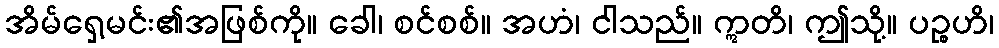
အိမ်ရှေ့မင်း၏အဖြစ်ကို။ ခေါ၊ စင်စစ်။ အဟံ၊ ငါသည်။ ဣတိ၊ ဤသို့။ ပဉ္စဟိ၊